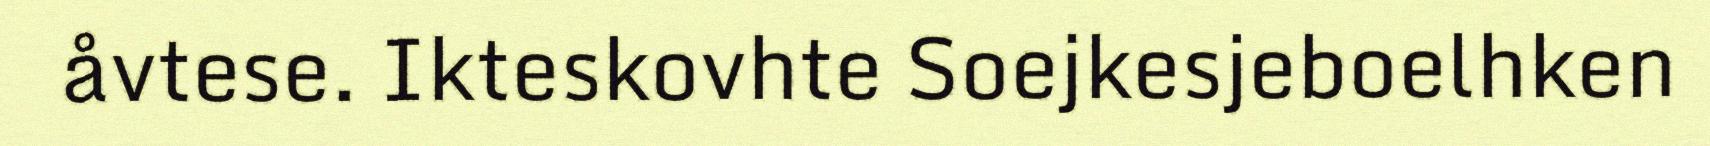
åvtese. Ikteskovhte Soejkesjeboelhken